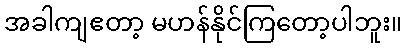
အခါကျဧတာ့ မဟန်နိုင်ကြတော့ပါဘူး။